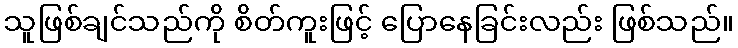
သူဖြစ်ချင်သည်ကို စိတ်ကူးဖြင့် ပြောနေခြင်းလည်း ဖြစ်သည်။